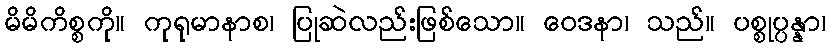
မိမိကိစ္စကို။ ကုရုမာနာစ၊ ပြုဆဲလည်းဖြစ်သော။ ဝေဒနာ၊ သည်။ ပစ္စုပ္ပန္နာ၊